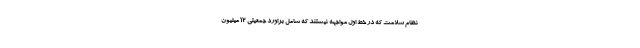
نظام سلامت که در خط اول مواجهه نیستند که شامل براورد جمعیتی ۱۲ میلیون